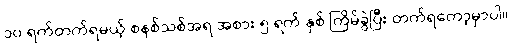
၁၀ ရက်တက်ရမယ့် စနစ်သစ်အရ အစား ၅ ရက် နှစ် ကြိမ်ခွဲပြီး တက်ရတော့မှာပါ။